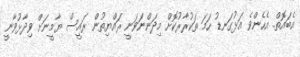
އެބައޮތް.. އެހެންވެ އަޅުގަނޑު ހަމަ ތަކުރާރުކޮށް މިދަންނަވަނީ ރައްޔިތުން ރައީސް ޔާމީނަށް ވިދާޅުވާނީ